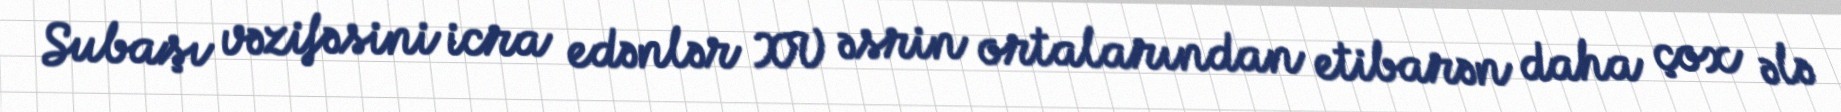
Subaşı vəzifəsini icra edənlər XV əsrin ortalarından etibarən daha çox ələ